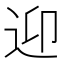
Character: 迎